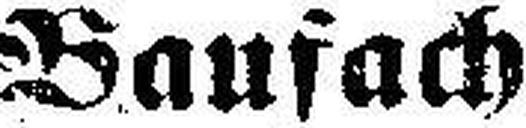
Baufach